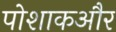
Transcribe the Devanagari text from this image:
पोशाकऔर